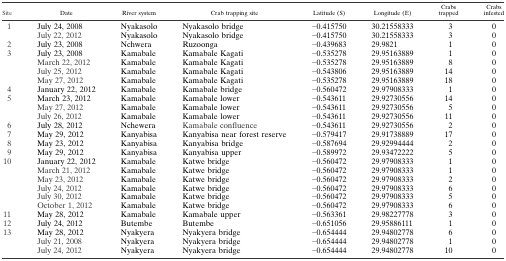
<table><thead><tr><td><b>Site</b></td><td><b>Date</b></td><td><b>River system</b></td><td><b>Crab trapping site</b></td><td><b>Latitude (S)</b></td><td><b>Longitude (E)</b></td><td><b>Crabs trapped</b></td><td><b>Crabs infested</b></td></tr></thead><tbody><tr><td rowspan="2">1</td><td>July 24, 2008</td><td>Nyakasolo</td><td>Nyakasolo bridge</td><td>−0.415750</td><td>30.21558333</td><td>3</td><td>0</td></tr><tr><td>July 22, 2012</td><td>Nyakasolo</td><td>Nyakasolo bridge</td><td>−0.415750</td><td>30.21558333</td><td>3</td><td>0</td></tr><tr><td>2</td><td>July 23, 2008</td><td>Nchwera</td><td>Ruzoonga</td><td>−0.439683</td><td>29.9821</td><td>1</td><td>0</td></tr><tr><td rowspan="4">3</td><td>July 23, 2008</td><td>Kamabale</td><td>Kamabale Kagati</td><td>−0.535278</td><td>29.95163889</td><td>1</td><td>0</td></tr><tr><td>March 22, 2012</td><td>Kamabale</td><td>Kamabale Kagati</td><td>−0.535278</td><td>29.95163889</td><td>8</td><td>0</td></tr><tr><td>July 25, 2012</td><td>Kamabale</td><td>Kamabale Kagati</td><td>−0.543806</td><td>29.95163889</td><td>14</td><td>0</td></tr><tr><td>May 27, 2012</td><td>Kamabale</td><td>Kamabale Kagati</td><td>−0.535278</td><td>29.95163889</td><td>18</td><td>0</td></tr><tr><td>4</td><td>January 22, 2012</td><td>Kamabale</td><td>Kamabale bridge</td><td>−0.560472</td><td>29.97908333</td><td>1</td><td>0</td></tr><tr><td rowspan="3">5</td><td>March 23, 2012</td><td>Kamabale</td><td>Kamabale lower</td><td>−0.543611</td><td>29.92730556</td><td>14</td><td>0</td></tr><tr><td>May 27, 2012</td><td>Kamabale</td><td>Kamabale lower</td><td>−0.543611</td><td>29.92730556</td><td>5</td><td>0</td></tr><tr><td>July 26, 2012</td><td>Kamabale</td><td>Kamabale lower</td><td>−0.543611</td><td>29.92730556</td><td>11</td><td>0</td></tr><tr><td>6</td><td>July 28, 2012</td><td>Nchewera</td><td>Kamabale confluence</td><td>−0.543611</td><td>29.92730556</td><td>2</td><td>0</td></tr><tr><td>7</td><td>May 29, 2012</td><td>Kanyabisa</td><td>Kanyabisa near forest reserve</td><td>−0.579417</td><td>29.91738889</td><td>17</td><td>0</td></tr><tr><td>8</td><td>May 23, 2012</td><td>Kanyabisa</td><td>Kanyabisa bridge</td><td>−0.587694</td><td>29.92994444</td><td>2</td><td>0</td></tr><tr><td>9</td><td>May 29, 2012</td><td>Kanyabisa</td><td>Kanyabisa upper</td><td>−0.589972</td><td>29.93472222</td><td>5</td><td>0</td></tr><tr><td rowspan="6">10</td><td>January 22, 2012</td><td>Kamabale</td><td>Katwe bridge</td><td>−0.560472</td><td>29.97908333</td><td>1</td><td>0</td></tr><tr><td>March 21, 2012</td><td>Kamabale</td><td>Katwe bridge</td><td>−0.560472</td><td>29.97908333</td><td>1</td><td>0</td></tr><tr><td>May 23, 2012</td><td>Kamabale</td><td>Katwe bridge</td><td>−0.560472</td><td>29.97908333</td><td>2</td><td>0</td></tr><tr><td>July 24, 2012</td><td>Kamabale</td><td>Katwe bridge</td><td>−0.560472</td><td>29.97908333</td><td>6</td><td>0</td></tr><tr><td>July 30, 2012</td><td>Kamabale</td><td>Katwe bridge</td><td>−0.560472</td><td>29.97908333</td><td>5</td><td>0</td></tr><tr><td>October 1, 2012</td><td>Kamabale</td><td>Katwe bridge</td><td>−0.560472</td><td>29.97908333</td><td>6</td><td>0</td></tr><tr><td>11</td><td>May 28, 2012</td><td>Kamabale</td><td>Kamabale upper</td><td>−0.563361</td><td>29.98227778</td><td>3</td><td>0</td></tr><tr><td>12</td><td>July 24, 2012</td><td>Butembe</td><td>Butembe</td><td>−0.651056</td><td>29.95886111</td><td>1</td><td>0</td></tr><tr><td rowspan="3">13</td><td>May 28, 2012</td><td>Nyakyera</td><td>Nyakyera bridge</td><td>−0.654444</td><td>29.94802778</td><td>6</td><td>0</td></tr><tr><td>July 21, 2008</td><td>Nyakyera</td><td>Nyakyera bridge</td><td>−0.654444</td><td>29.94802778</td><td>1</td><td>0</td></tr><tr><td>July 24, 2012</td><td>Nyakyera</td><td>Nyakyera bridge</td><td>−0.654444</td><td>29.94802778</td><td>10</td><td>0</td></tr></tbody></table>